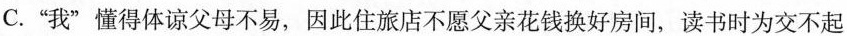
C.”我”懂得体谅父母不易，因此住旅店不愿父亲花钱换好房间，读书时为交不起